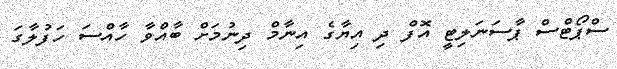
ސްޕޯޓްސް ޕާސަނަލިޓީ އޮފް ދި އިޔާގެ އިނާމް ދިނުމަށް ބާއްވާ ހާއްސަ ހަފުލާގަ